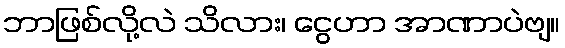
ဘာဖြစ်လို့လဲ သိလား၊ ငွေဟာ အာဏာပဲဗျ။